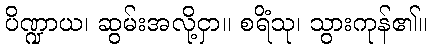
ပိဏ္ဍာယ၊ ဆွမ်းအလို့ငှာ။ စရိံသု၊ သွားကုန်၏။